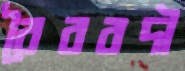
বৈরবদী